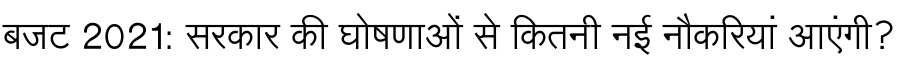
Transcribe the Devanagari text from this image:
बजट 2021: सरकार की घोषणाओं से कितनी नई नौकरियां आएंगी?